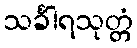
သင်္ခါရသုတ္တံ